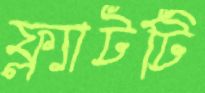
ফ্ল্যাটটি